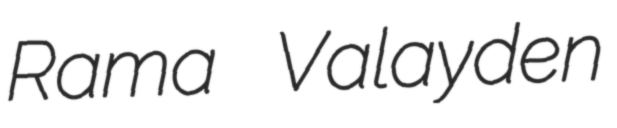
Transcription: Rama Valayden